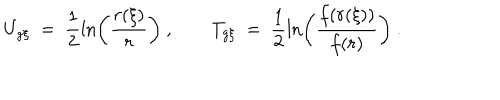
U _ { g \xi } \ = \ \frac { 1 } { 2 } \ln \left( \frac { r ( \xi ) } { r } \right) \ , T _ { g \xi } \ = \ \frac { 1 } { 2 } \ln \left( \frac { f ( r ( \xi ) ) } { f ( r ) } \right) \ .